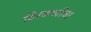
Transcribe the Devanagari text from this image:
हिरकणीचा